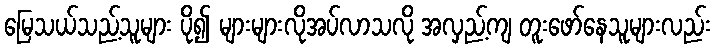
မြေသယ်သည့်သူများ ပို၍ များများလိုအပ်လာသလို အလှည့်ကျ တူးဖော်နေသူများလည်း